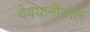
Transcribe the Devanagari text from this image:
देवयानीतील